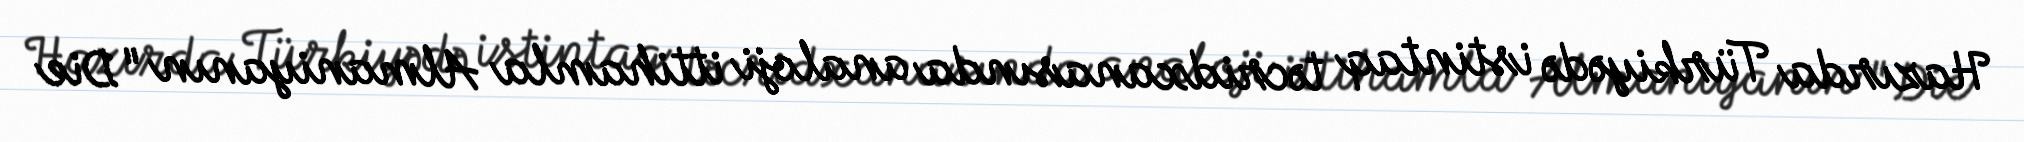
Hazırda Türkiyədə istintaq təcridxanasında analoji ittihamla Almaniyanın "Die